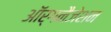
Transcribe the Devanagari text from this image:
ऑर्गनैजेशन